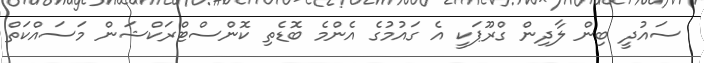
ސައުދީ ބިން ލާދިން ގްރޫޕަކީ އެ ގައުމުގެ އެންމެ ބޮޑެތި ކޮންސްޓްރަކްޝަން މަސައްކަތް